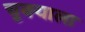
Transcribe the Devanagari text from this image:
चुक्याला